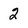
Character: 2